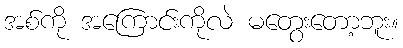
အစ်ကို အကြောင်းကိုလဲ မတွေးတော့ဘူး။